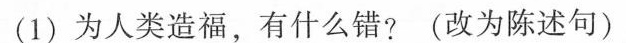
(1)为人类造福，有什么错?(改为陈述句)